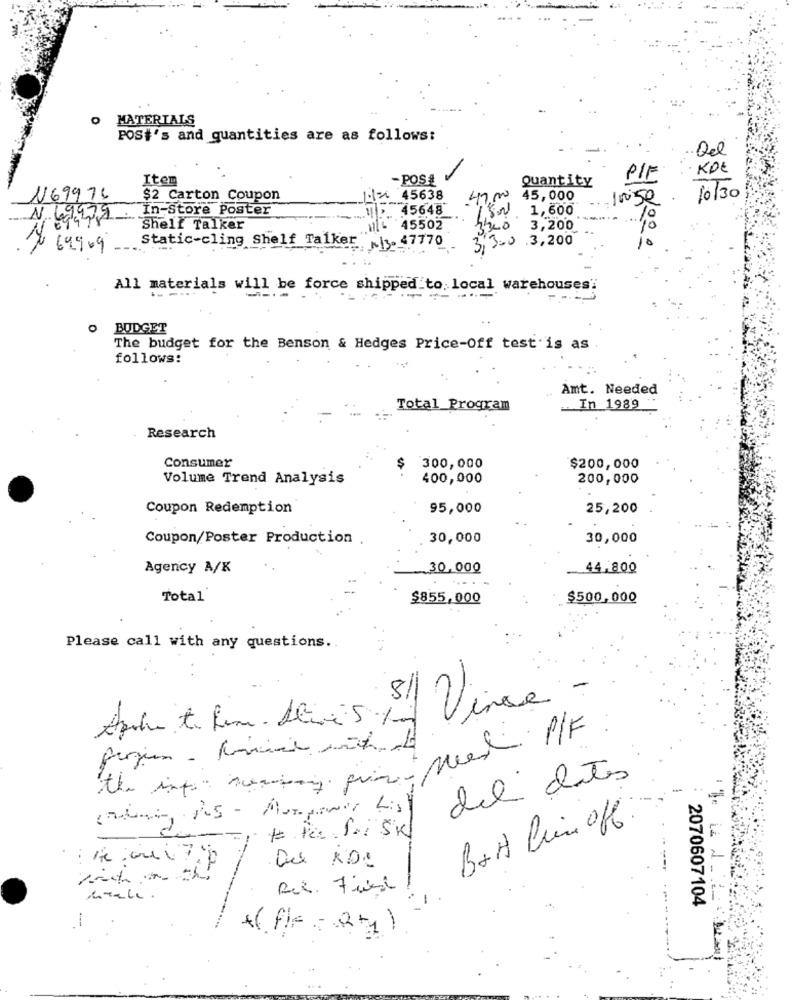
MATERIALS
POS#'s and quantities are as follows:
Del
KDE
Item
-POS #
PIE
Quantity
N69976
$2 Carton Coupon
45638
45,000
rise
10/30
N 69479 . In-Store Poster
45648
1,600
10
0
Shelf Talker
45502
3,200
10
Static-cling Shelf Talker"
EN13. 47770
>0 .3,200
69909
All materials will be force shipped to, local warehouses'
0
BUDGET
The budget for the Benson & Hedges Price-Off test is as
follows:
Amt. Needed
Total_Program
In 1989
Research
Consumer
300,000
$200,000
Volume Trend Analysis
400,000
200,000
Coupon Redemption
95,000
25,200
Coupon/Poster Production .
30,000
30,000
Agency A/K
30,000
44.800
Total
$855,000
$500,000
Please call with any questions.
-
8// Vina
the into memory fin ned P/F .
del dates
--
Du RDe
2070607104